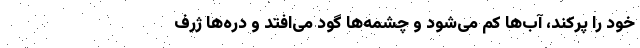
خود را پرکند، آب‌ها کم می‌شود و چشمه‌ها گود می‌افتد و دره‌ها ژرف